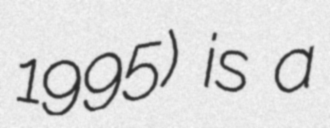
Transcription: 1995) is a